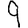
Digit: 9